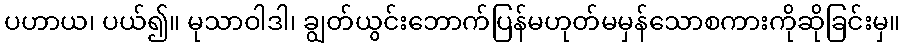
ပဟာယ၊ ပယ်၍။ မုသာဝါဒါ၊ ချွတ်ယွင်းဘောက်ပြန်မဟုတ်မမှန်သောစကားကိုဆိုခြင်းမှ။